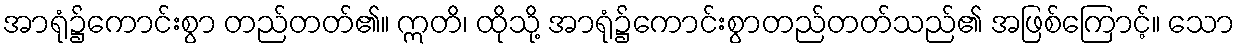
အာရုံ၌ကောင်းစွာ တည်တတ်၏။ ဣတိ၊ ထိုသို့ အာရုံ၌ကောင်းစွာတည်တတ်သည်၏ အဖြစ်ကြောင့်။ သော